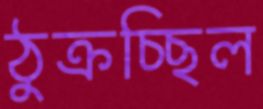
ঠুক্‌রচ্ছিল